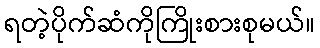
ရတဲ့ပိုက်ဆံကိုကြိုးစားစုမယ်။